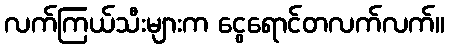
လက်ကြယ်သီးများက ငွေရောင်တလက်လက်။